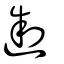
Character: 𨔈